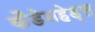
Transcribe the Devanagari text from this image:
कैडेनहेड्स